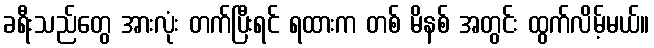
ခရီးသည်တွေ အားလုံး တက်ပြီးရင် ရထားက တစ် မိနစ် အတွင်း ထွက်လိမ့်မယ်။